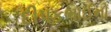
દીપકભાઈનો